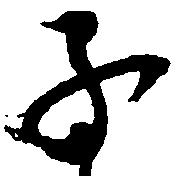
子